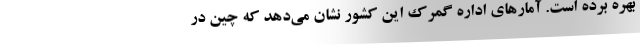
بهره برده است. آمارهای اداره گمرک این کشور نشان می‌دهد که چین در